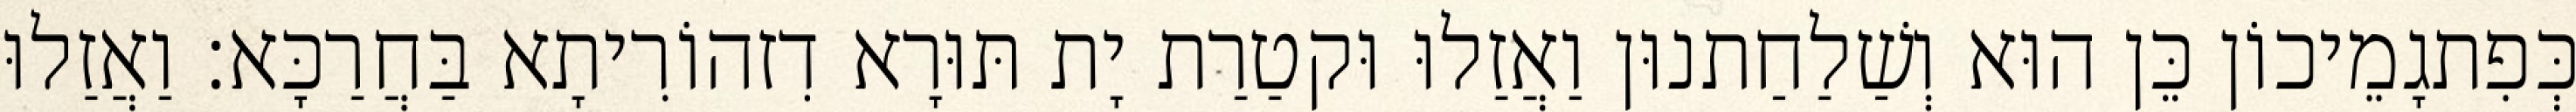
כְּפִתגָמֵיכוֹן כֵּן הוּא וְשַׁלַחַתנוּן וַאֲזַלוּ וּקטַרַת יָת תּוּרָא דִזהוֹרִיתָא בַּחֲרַכָּא׃ וַאֲזַלוּ